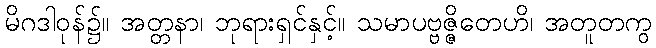
မိဂဒါဝုန်၌။ အတ္တနာ၊ ဘုရားရှင်နှင့်။ သမာပဗ္ဗဇ္ဇိတေဟိ၊ အတူတကွ